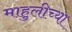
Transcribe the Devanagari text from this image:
माहुलीच्या